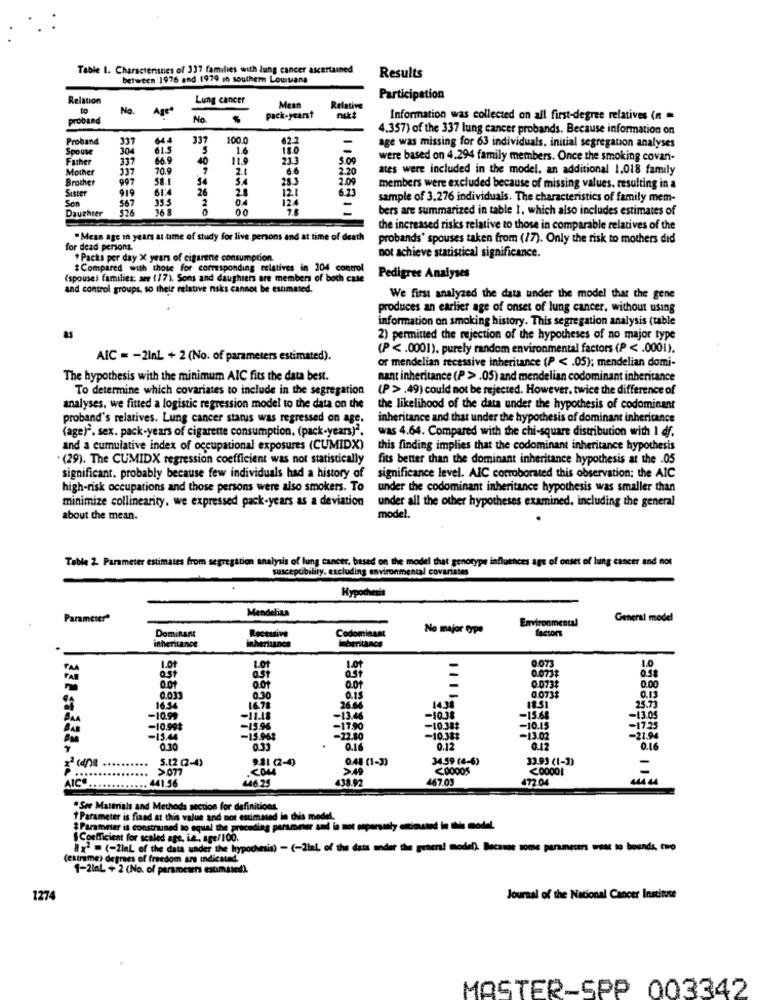
Table 1. Charactersnes of 337 families with lung cancer ascertained
between 1976 and 1979 in southern Louisiana
Results
Relation
Lung cancer
Participation
to
No.
Age"
Mean
Relative
proband
No.
pack-yearst
nikt
Information was collected on all first-degree relatives (n =
4.357) of the 337 lung cancer probands. Because information on
Proband
337
644
337
100.0
62.2
Spouse
304
61.5
5
1.6
18.0
age was missing for 63 individuals. initial segregation analyses
Father
337
66.9
40
11.9
23.3
5.09
were based on 4.294 family members. Once the smoking covani-
Mother
70.9
7
6.6
2.20
ates were included in the model, an additional 1.018 family
Brother
997
58.1
25
2.09
Sister
919
61'4
2.1
12.1
6.23
members were excluded because of missing values, resulting in a
Son
35.5
2
04
124
sample of 3.276 individuals. The characteristics of family mem-
567
526
16
-
bers are summarized in table 1. which also includes estimates of
Daughter
the increased risks relative to those in comparable relatives of the
"Mean age in years at time of study for live persons and at time of death
probands' spouses taken from (17). Only the risk to mothers did
for dead persons.
* Packs per day X years of cigarene consumption.
not achieve statistical significance.
# Compared with those for corresponding relatives in 304 control
(spouse) families: see (17). Sons and daughters are members of both case
Pedigree Analyses
and control groups, so thele relative nsks cannot be estimated.
We first analyzed the data under the model that the gene
produces an earlier age of onset of lung cancer, without using
information on smoking history. This segregation analysis (table
as
2) permitted the rejection of the hypotheses of no major type
(P < . 0001). purely random environmental factors (P < . 0001).
AIC = - 2InL + 2 (No. of parameters estimated).
or mendelian recessive inheritance (P < . 05); mendelian domi-
The hypothesis with the minimum AIC fits the data best.
nant inheritance (P > .05) and mendelian codominant inheritance
To determine which covariates to include in the segregation
(P > .49) could not be rejected. However, twice the difference of
analyses, we fitted a logistic regression model to the data on the
the likelihood of the data under the hypothesis of codominant
proband's relatives. Lung cancer status was regressed on age,
inheritance and that under the hypothesis of dominant inheritance
(age)". sex. pack-years of cigarette consumption. (pack-years)2.
was 4.64. Compared with the chi-square distribution with 1 df.
and a cumulative index of occupational exposures (CUMIDX)
this finding implies that the codominant inheritance hypothesis
. (29). The CUMIDX regression coefficient was not statistically
fits better than the dominant inheritance hypothesis at the .05
significant. probably because few individuals had a history of
significance level. AIC corroborated this observation; the AIC
high-risk occupations and those persons were also smokers. To
under the codominant inheritance hypothesis was smaller than
minimize collinearity. we expressed pack-years as a deviation
under all the other hypotheses examined, including the general
about the mean.
model.
Table 2. Parameter estimates from segregation analysis of lung cancer, based on the model that genotype influences age of onset of lung cancer and not
susceptibility, excluding environmental covariates
Hypothesis
Mendelian
Parameter"
Environmental
General model
No major type
Dominant
inheritance
Recessive
Codominant
0.073
1.01
0.51
LO1
0.073*
1.0
ost
OST
0 073?
0.5%
001
0.073$
0.00
0.033
0.30
26.66
0.15
25.73
0.13
16.54
16.71
BAA
-10.99
-11.18
-13.46
-10.38
-15.68
-13.05
BAB
-10.99$
-15.96
-17.90
-10.38$
-10.15
-17.25
-15.44
-15.95$
-22.80
-10.38$
-13.02
-21.94
0.30
0.33
0.16
0.12
0.12
0.16
5.12 (2-4)
931 (2-0)
0.48 (1-3)
34.59 (4-6)
33.93 (1-3)
>077
com
>>49
....
446.25
438.92
467.03
472.04
AIC .............. 441.56
"Sre Materials and Methods section for definitions.
Parameter is fiand at this value and not estimated in dis model.
meter is construned to equal the priceding parammer smil is not seperstaly estimated in this model.
§ Coefficient for scaled age. in ., age/100.
#x = (-link of the data under the hypothesis) - (-2laL of the data under the general model). Because some parameters weas to bounds, two
ax = (-linL of the
(extrame) depres of freedom are indicated.
1-2laL + 2 (No. of parameters estimated).
1274
Journal of the National Cancer Institute
MASTER-SPP 003342